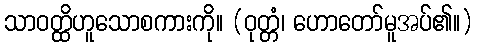
သာဝတ္ထိဟူသောစကားကို။ (ဝုတ္တံ၊ ဟောတော်မူအပ်၏။)